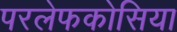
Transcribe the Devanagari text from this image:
परलेफकोसिया